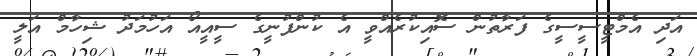
އަދި އެމްޓީސީސީގެ ފަރާތުން ސޮއިކުރެއްވީ އެ ކުންފުނީގެ ސީއީއޯ އަހުމަދު ޝިހާމް އަލީ